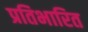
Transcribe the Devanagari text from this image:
प्रतिभारित